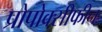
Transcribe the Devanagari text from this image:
प्रोपोक्सीफीन